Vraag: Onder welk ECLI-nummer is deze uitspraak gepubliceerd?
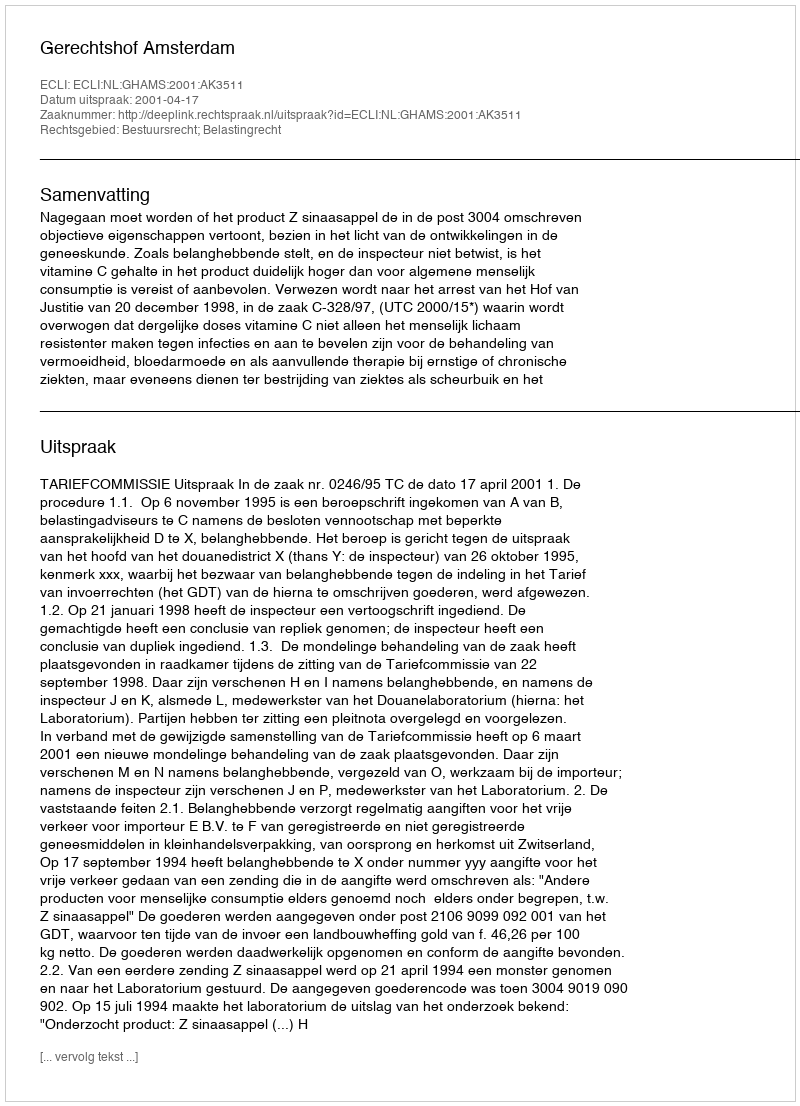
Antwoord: ECLI:NL:GHAMS:2001:AK3511